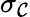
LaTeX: \sigma_{\mathcal{C}}